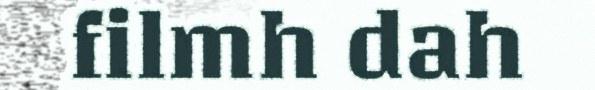
filmh dah